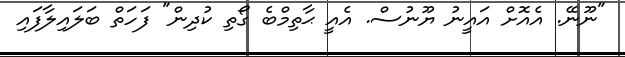
"ނޫނޭ. އެއޮށް އައީނު ޔޫނުސް. އެއީ ޙާތިމްބެ ގޯތި ކުދިން" ފަހަތް ބަލައިލާފައި